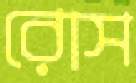
রোস